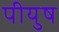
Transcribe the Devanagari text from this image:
पीयुष